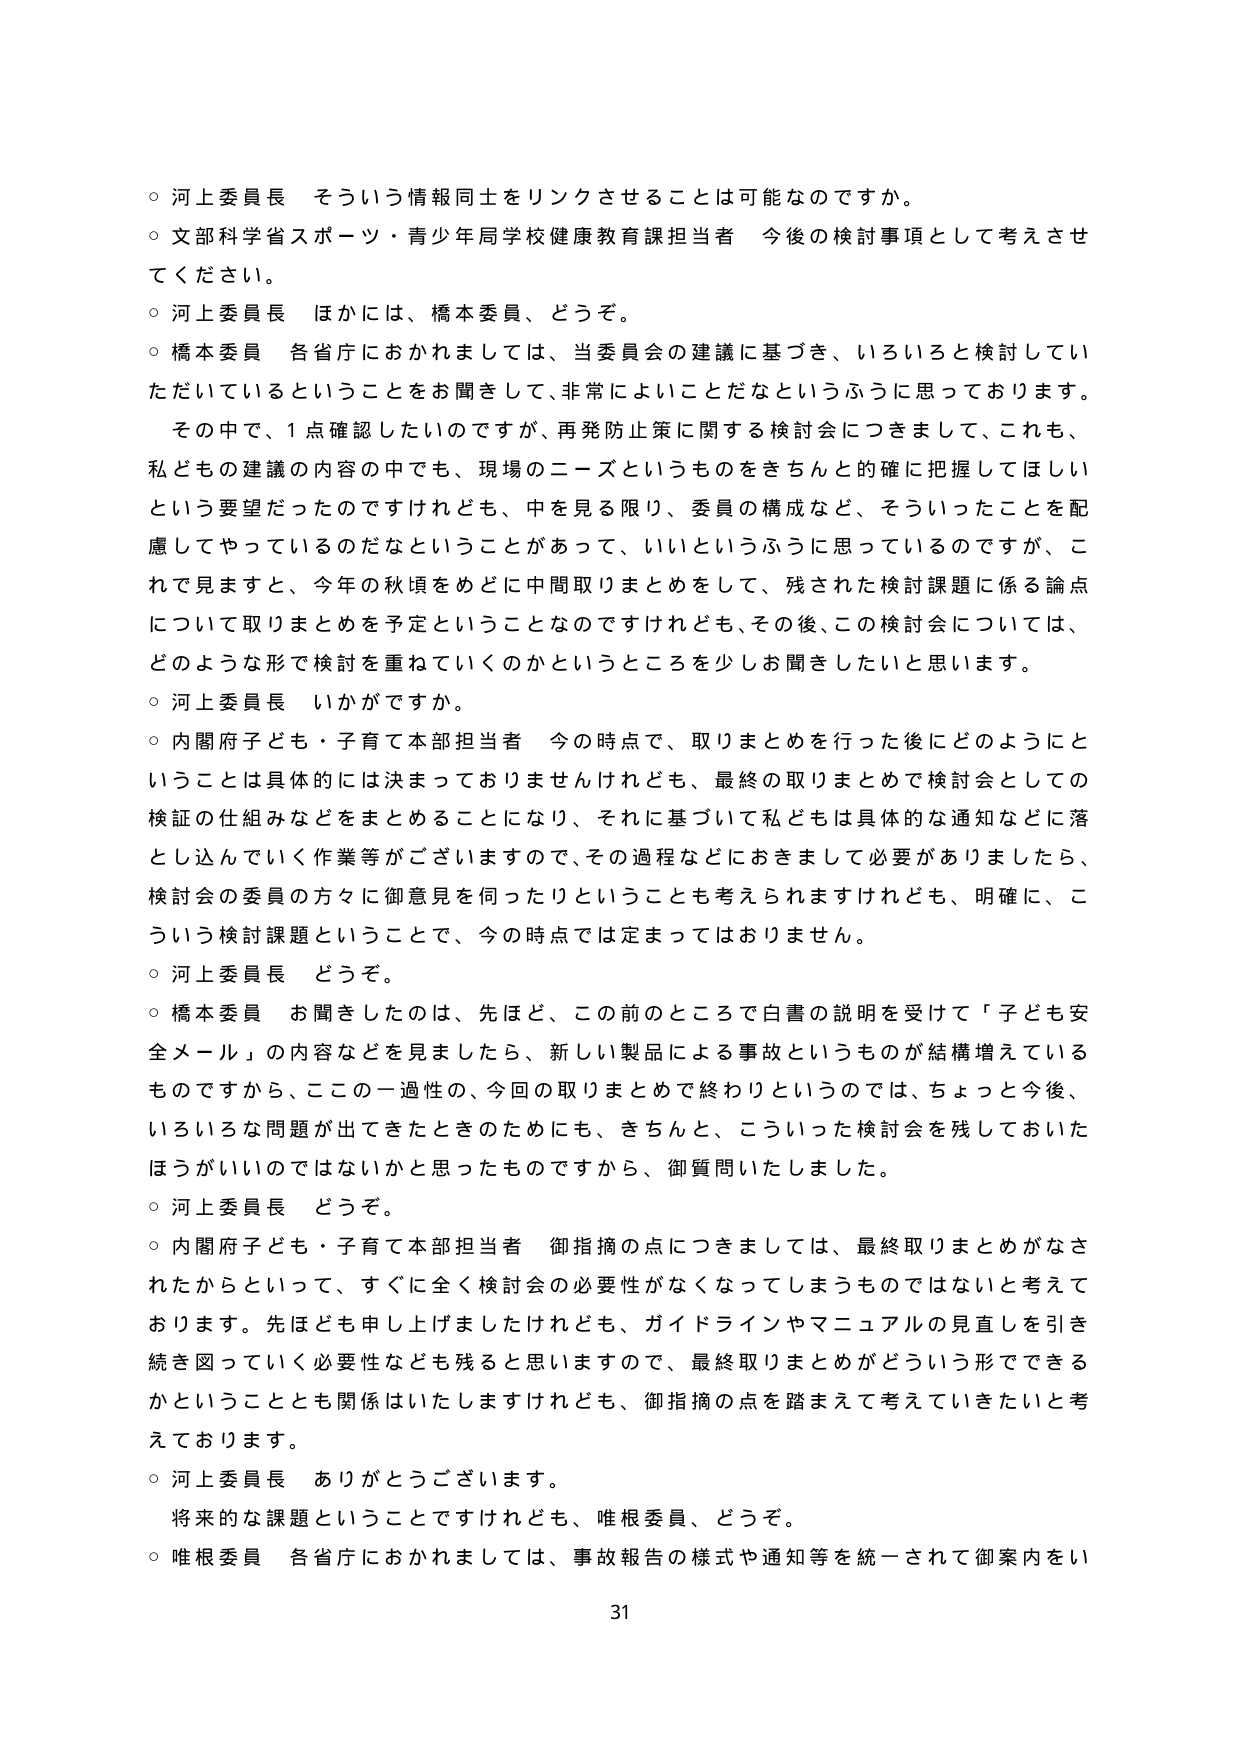
○ 河上委員長 そういう情報同士をリンクさせることは可能なのですか。

○ 文部科学省スポーツ・青少年局学校健康教育課担当者 今後の検討事項として考えさせてください。

○ 河上委員長 ほかには、橋本委員、どうぞ。

○ 橋本委員 各省庁におかれましては、当委員会の建議に基づき、いろいろと検討していただいているということをお聞きして、非常によいことだなというふうに思っております。
その中で、1点確認したいのですが、再発防止策に関する検討会につきまして、これも、私どもの建議の内容の中でも、現場のニーズというものをきちんと的確に把握してほしいという要望だったのですけれども、中を見る限り、委員の構成など、そういったことを配慮してやってているのだなということがあって、いいというふうに思っているのですが、これで見ますと、今年の秋頃をめどに中間取りまとめをして、残された検討課題に係る論点について取りまとめを予定ということなのですけれども、その後、この検討会については、どのような形で検討を重ねていくのかというところを少しお聞きしたいと思います。

○ 河上委員長 いかがですか。

○ 内閣府子ども・子育て本部担当者 今の時点で、取りまとめを行った後にどのようにということは具体的には決まっておりませんけれども、最終の取りまとめで検討会としての検証の仕組みなどをまとめるうことになり、それに基づいて私どもは具体的な通知などに落とし込んでいく作業等がございますので、その過程などにおきまして必要がありましたら、検討会の委員の方々に御意見を伺ったりということも考えられますけれども、明確に、こういう検討課題ということで、今の時点では定まっておりません。

○ 河上委員長 どうぞ。

○ 橋本委員 お聞きしたのは、先ほど、この前のところで白書の説明を受けて「子ども安全メール」の内容などを見ましたら、新しい製品による事故というものが結構増えているものですから、ここの一過性の、今回の取りまとめで終わりというのは、ちょっと今後、いろいろな問題が出てきたときのためにも、きちんと、こういった検討会を残しておいたほうがいいのではないかと思ったものですから、御質問いたしました。

○ 河上委員長 どうぞ。

○ 内閣府子ども・子育て本部担当者 御指摘の点につきましては、最終取りまとめがなされたからといって、すぐに全く検討会の必要性がなくなってしまうものではないと考えております。先ほども申し上げましたけれども、ガイドラインやマニュアルの見直しを引き続き図っていく必要性なども残ると思いますので、最終取りまとめがどういう形でできるかということとも関係はいたしますけれども、御指摘の点を踏まえて考えていきたいと考えております。

○ 河上委員長 ありがとうございます。

将来的な課題ということですけれども、唯根委員、どうぞ。

○ 唯根委員 各省庁におかれましては、事故報告の様式や通知等を統一されて御案内をい

31